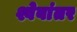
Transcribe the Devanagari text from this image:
श्वेबांतर